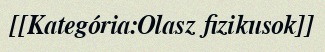
[[Kategória:Olasz fizikusok]]